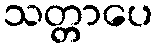
သတ္တာပေ